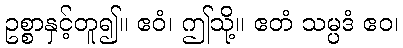
ဥစ္စာနှင့်တူ၍။ ဧဝံ၊ ဤသို့။ ဧတံ သမ္ပဒံ ဧဝ၊